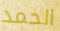
الحمد